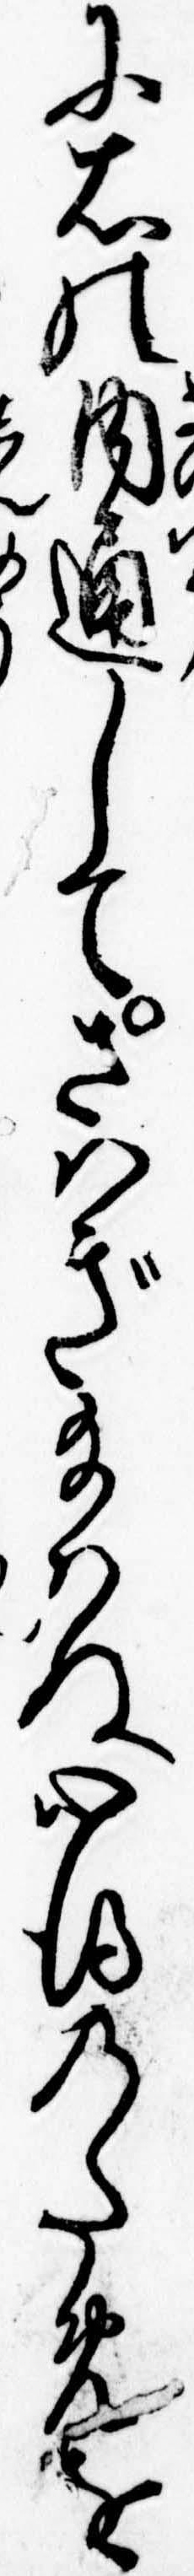
に右の内通してさはぎ給はぬ心得のためを